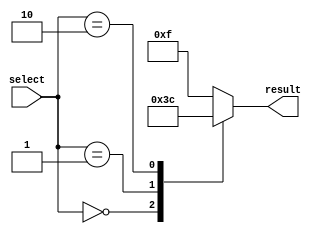
module dont_care_case (
    input [1:0] select,
    output reg [3:0] result
);

// Behavioral modeling block for "Don't care" case statement
always @* begin
    case (select)
        2'b00: result = 4'b0000; // Don't care case for input value 00
        2'b01: result = 4'b0011;
        2'b10: result = 4'b1100;
        default: result = 4'b1111; // Default behavior for all other input values
    endcase
end

endmodule